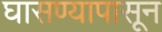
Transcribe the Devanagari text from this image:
घासण्यापासून